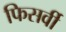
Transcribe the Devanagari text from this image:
फिसर्वी